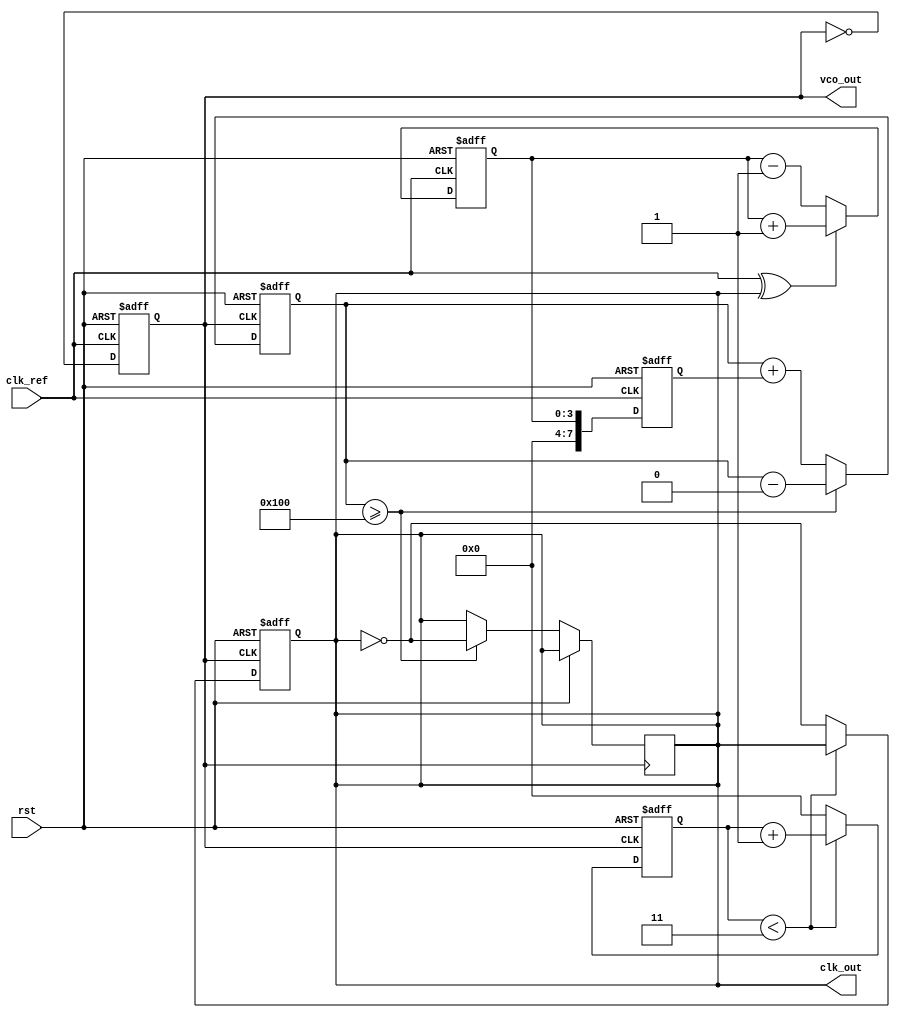
module fractional_n_pll (
    input wire clk_ref,        // Reference clock input
    input wire rst,           // Reset signal
    output reg clk_out,       // Output clock
    output reg vco_out        // VCO output
);

// Parameters
parameter N = 4;            // Integer division factor
parameter FRACTIONAL_BITS = 8; // Number of bits for fractional division

// Internal signals
reg [FRACTIONAL_BITS-1:0] fractional_reg; // Registers for fractional value
reg [FRACTIONAL_BITS-1:0] accumulator;     // Digital accumulator for fractional control
wire phase_error;                         // Phase error from phase detector
reg [3:0] vco_control;                     // Control signal for VCO
reg [N-1:0] divider;                       // Divider for feedback signal

// Phase Detector (PD)
assign phase_error = clk_ref ^ clk_out; // Simple XOR for phase detection

// Charge Pump (CP)
always @(posedge clk_ref or posedge rst) begin
    if (rst) begin
        vco_control <= 0;
    end else begin
        if (phase_error) begin
            vco_control <= vco_control + 1; // Charge
        end else begin
            vco_control <= vco_control - 1; // Discharge
        end
    end
end

// Loop Filter (simplified to a single register for this example)
always @(posedge clk_ref or posedge rst) begin
    if (rst) begin
        fractional_reg <= 0;
    end else begin
        fractional_reg <= vco_control; // Update with control voltage
    end
end

// Voltage-Controlled Oscillator (VCO)
always @(posedge clk_ref or posedge rst) begin
    if (rst) begin
        vco_out <= 0; // Reset VCO output
    end else begin
        // Simple frequency modulation based on control signal
        vco_out <= ~vco_out; // Toggle for demonstration purposes
    end
end

// Frequency Divider (N-divider)
always @(posedge vco_out or posedge rst) begin
    if (rst) begin
        clk_out <= 0; // Reset output clock
        divider <= 0;
    end else begin
        if (divider < N-1) begin
            divider <= divider + 1;
        end else begin
            divider <= 0;
            clk_out <= ~clk_out; // Generate output clock
        end
    end
end

// Fractional Divider Logic (simplified)
always @(posedge vco_out or posedge rst) begin
    if (rst) begin
        accumulator <= 0; // Reset accumulator
    end else begin
        // Update logic for fractional division
        accumulator <= accumulator + fractional_reg; // Update accumulator
        if(accumulator >= (1 << FRACTIONAL_BITS)) begin
            clk_out <= ~clk_out; // Adjust output clock based on fractional part
            accumulator <= accumulator - (1 << FRACTIONAL_BITS);
        end
    end
end

endmodule